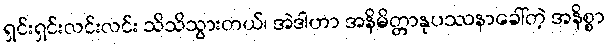
ရှင်းရှင်းလင်းလင်း သိသိသွားတယ်၊ အဲဒါဟာ အနိမိတ္တာနုပဿနာခေါ်တဲ့ အနိစ္စာ